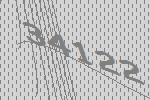
34122